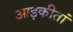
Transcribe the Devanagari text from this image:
आइकीतां